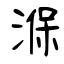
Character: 湺